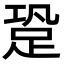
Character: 跫